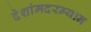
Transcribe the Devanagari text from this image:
देशांमदरम्यान